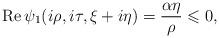
LaTeX: \begin{align*}\operatorname{Re}\psi_1(i\rho,i\tau,\xi+i\eta)=\frac{\alpha\eta}{\rho}\leqslant 0,\end{align*}